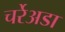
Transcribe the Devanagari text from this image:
चर्रेअडा